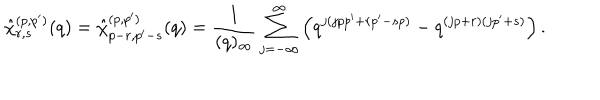
\hat { \chi } _ { r , s } ^ { ( p , p ^ { \prime } ) } ( q ) = \hat { \chi } _ { p - r , p ^ { \prime } - s } ^ { ( p , p ^ { \prime } ) } ( q ) = \frac { 1 } { ( q ) _ { \infty } } \sum _ { j = - \infty } ^ { \infty } \left( q ^ { j ( j p p ^ { \prime } + r p ^ { \prime } - s p ) } - q ^ { ( j p + r ) ( j p ^ { \prime } + s ) } \right) .